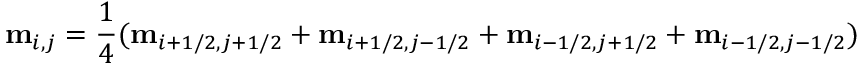
\mathbf { m } _ { i , j } = \frac { 1 } { 4 } ( \mathbf { m } _ { i + 1 / 2 , j + 1 / 2 } + \mathbf { m } _ { i + 1 / 2 , j - 1 / 2 } + \mathbf { m } _ { i - 1 / 2 , j + 1 / 2 } + \mathbf { m } _ { i - 1 / 2 , j - 1 / 2 } )